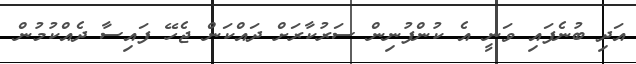
އަދި ބުނެފައި ވަނީ އެ ކުންފުނިން ސަރުކާރަށް ދައްކަން ޖެހޭ ފައިސާ ދެއްކުމުން